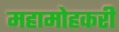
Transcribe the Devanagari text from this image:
महामोहकरी